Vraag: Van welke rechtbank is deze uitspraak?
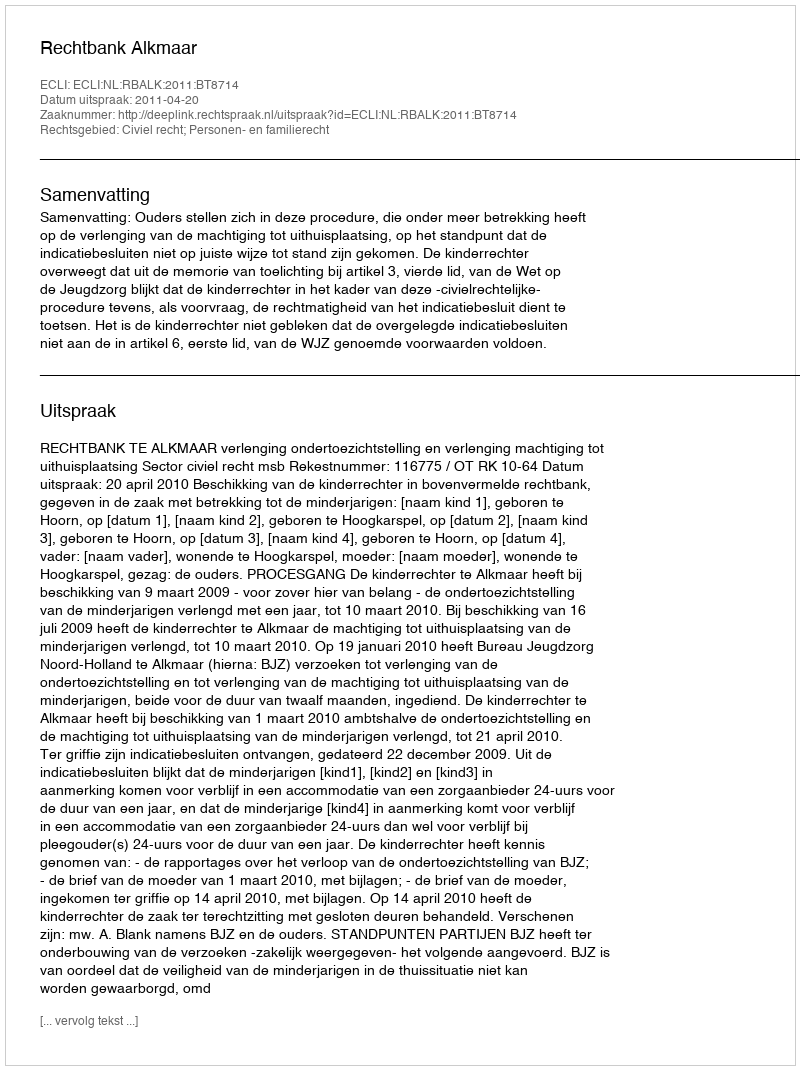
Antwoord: Rechtbank Alkmaar